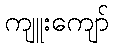
ကျူးကျော်